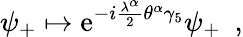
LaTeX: \psi_{+}\mapsto\mathrm{e}^{-i{\frac{{\lambda^{\alpha}}}{{2}}}\theta^{\alpha}\gamma_{5}}\psi_{+}~~,